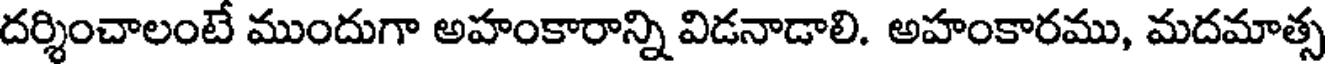
దర్శించాలంటే ముందుగా అహంకారాన్ని విడనాడాలి. అహంకారము, మదమాత్స